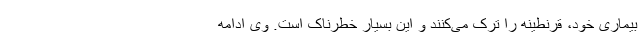
بیماری خود، قرنطینه را ترک می‌کنند و این بسیار خطرناک است. وی ادامه